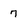
Character: 7